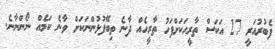
ފެބުރުއަރީ 27 އަކަސް ތާރީހަކަށްފަހު ތާރީހެއް ދާނެ ތިބޭފުޅުންނަކަށް ވާނެ ކަމެއް ނޯންނާނެ.